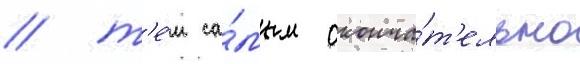
/ т'е́м са́мым оконча́т'ельно